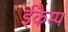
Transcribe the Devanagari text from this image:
ईकैम्प